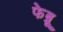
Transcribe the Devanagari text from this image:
फेब्रू